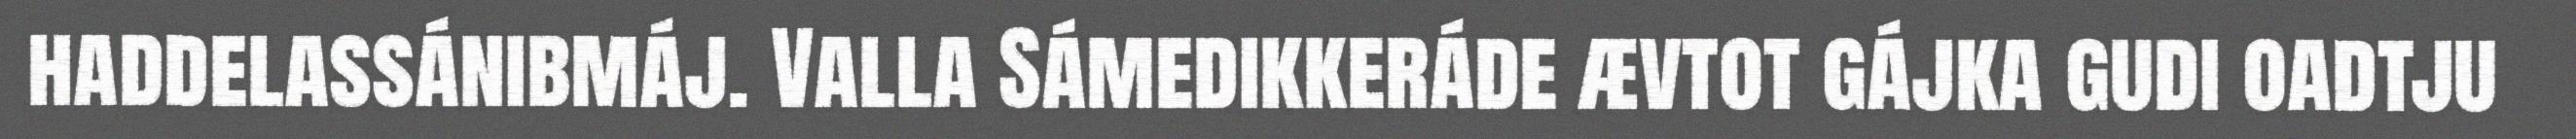
haddelassánibmáj. Valla Sámedikkeráde ævtot gájka gudi oadtju